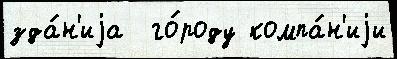
зда́н'иjа  го́роду компа́н'иjи